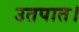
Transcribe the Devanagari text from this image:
उतपात।